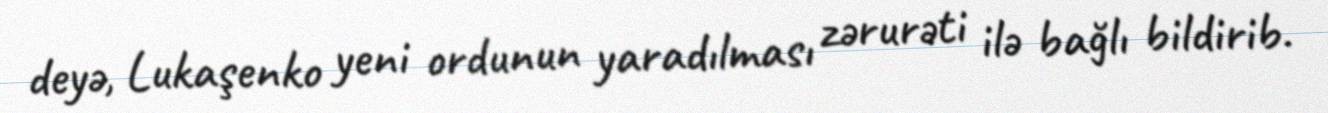
deyə, Lukaşenko yeni ordunun yaradılması zərurəti ilə bağlı bildirib.